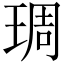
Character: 琱